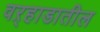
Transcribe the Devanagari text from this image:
वऱ्हाडातील